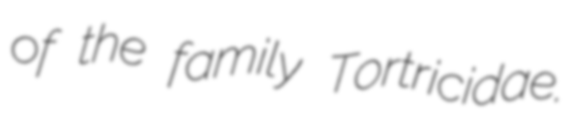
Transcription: of the family Tortricidae.